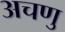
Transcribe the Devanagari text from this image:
अचणु